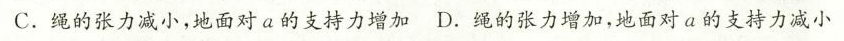
C.绳的张力减小，地面对a的支持力增加D.绳的张力增加，地面对a的支持力减小